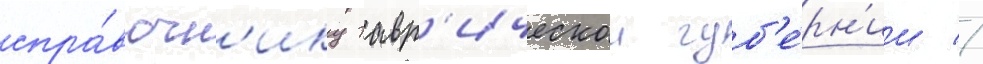
спра́вочн'ику тавр'ическои губ'е́рн'ии //